Vaccination report Assam 1874-1896 - 1874-1896
Year: 1874
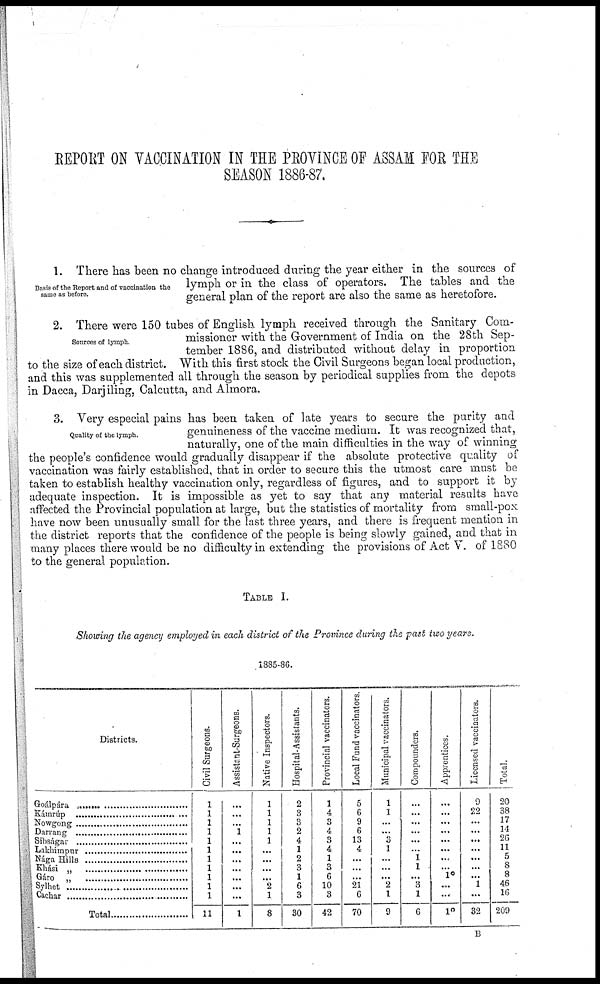
REPORT ON VACCINATION IN THE PROVINCE OF ASSAM FOR THE
SEASON 1886-87.
Basis of the Report and of vaccination the
same as before.
1. There has been no change introduced during the year either in the sources of
lymph or in the class of operators. The tables and the
general plan of the report are also the same as heretofore.
Sources of lymph.
2. There were 150 tubes of English lymph received through the Sanitary Com-
missioner with the Government of India on the 28th Sep-
tember 1886, and distributed without delay in proportion
to the size of each district. With this first stock the Civil Surgeons began local production,
and this was supplemented all through the season by periodical supplies from the depots
in Dacca, Darjiling, Calcutta, and Almora.
Quality of the lymph.
3. Very especial pains has been taken of late years to secure the purity and
genuineness of the vaccine medium. It was recognized that,
naturally, one of the main difficulties in the way of winning
the people's confidence would gradually disappear if the absolute protective quality of
vaccination was fairly established, that in order to secure this the utmost care must be
taken to establish healthy vaccination only, regardless of figures, and to support it by
adequate inspection. It is impossible as yet to say that any material results have
affected the Provincial population at large, but the statistics of mortality from small-pox
have now been unusually small for the last three years, and there is frequent mention in
the district reports that the confidence of the people is being slowly gained, and that in
many places there would be no difficulty in extending the provisions of Act V. of 1880
to the general population.
TABLE I.
Showing the agency employed in each district of the Province during the past two years.
1885-86.
Districts.
Goálpára..........................................
Kámrúp..........................................
Nowgong..........................................
Darrang..........................................
Sibságar..........................................
Lakhimpur..........................................
Nága Hills..........................................
Khási „
Gáro „
Sylhet
Cachar..........................................
Civil Surgeons.
1
1
1
1
1
1
1
1
1
1
1
11
Assistant-Surgeons.
...
...
...
1
...
...
...
...
...
...
...
1
Native Inspectors.
1
1
1
1
1
...
...
...
...
2
1
8
Hospital-Assistants.
2
3
3
2
4
1
2
3
1
6
3
30
Provincial vaccinators.
1
4
3
4
3
4
1
3
6
10
3
42
Local Fund vaccinators.
5
6
9
6
13
4
...
...
...
21
6
70
Municipal vaccinators.
1
1
...
...
3
1
...
...
...
2
1
9
Compounders.
...
...
...
...
...
...
1
1
...
3
1
6
Apprentices.
...
...
...
...
...
...
...
...
10
...
...
1°
Licensed vaccinator.
9
22
...
...
...
...
...
...
...
1
...
32
Total.
20
38
17
14
26
11
5
8
8
46
16
209
B